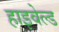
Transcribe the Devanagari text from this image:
हाइवेल्ड